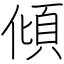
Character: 傾